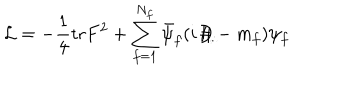
LaTeX: { \cal L } = - \frac { 1 } { 4 } \mathrm { t r } F ^ { 2 } + \sum _ { f = 1 } ^ { N _ { f } } \bar { \psi } _ { f } ( i \! \not { \! \! D } - m _ { f } ) \psi _ { f }